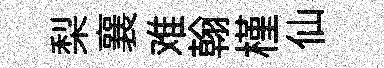
梨襄难翰槿仙